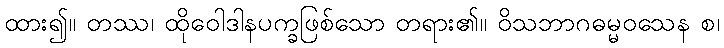
ထား၍။ တဿ၊ ထိုဝေါဒါနပက္ခဖြစ်သော တရား၏။ ဝိသဘာဂဓမ္မဝသေန စ၊